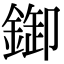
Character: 𨨶